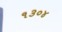
૧૩૦૪